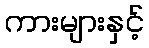
ကားများနှင့်